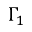
\Gamma _ { 1 }